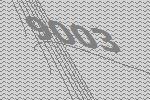
9003